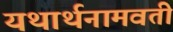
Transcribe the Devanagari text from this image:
यथार्थनामवती